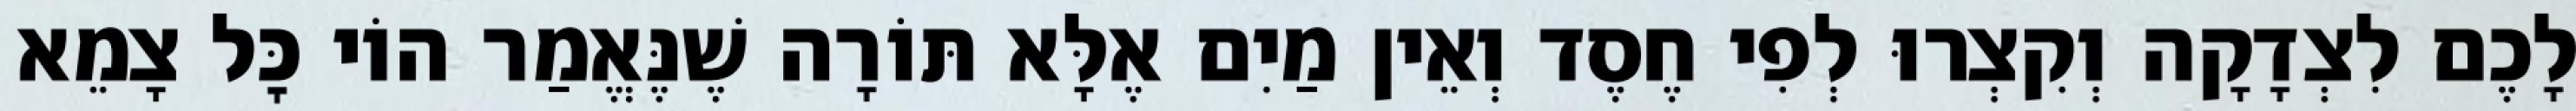
לָכֶם לִצְדָקָה וְקִצְרוּ לְפִי חֶסֶד וְאֵין מַיִם אֶלָּא תּוֹרָה שֶׁנֶּאֱמַר הוֹי כׇּל צָמֵא